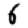
Digit: 6